Annual returns of the Patna Lunatic Asylum at Bankipore in Bihar and Orissa - 1912-1924
Year: 1912
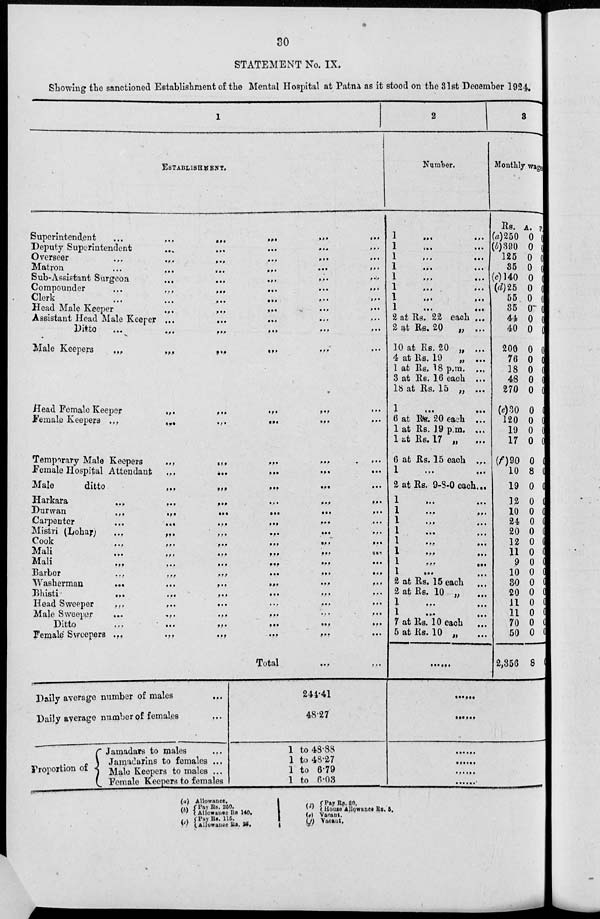
30
STATEMENT No. IX.
Showing the sanctioned Establishment of the Mental Hospital at Patna as it stood on the 31st December 1924.
1
ESTABLISHMENT.
Superintendent
...
... ... ... ... ...
Deputy Superintendent ... ... ... ... ...
Overseer ... ... ... ... ... ...
Matron ... ... ... ... ... ...
Sub-Assistant Surgeon
...
...
...
...
...
Compounder ... ... ... ... ... ...
Clerk ... ... ... ... ... ...
Head Male Keeper
...
...
...
...
...
Assistant Head Male Keeper ... ... ... ... ...
Ditto
...
...
...
...
...
...
Male Keepers
...
...
...
... ... ...
Head Female Keeper
...
...
...
... ...
Female Keepers ...
...
...
...
...
...
Temporary Male Keepers
...
...
... ... ...
Female Hospital Attendant
...
...
...
...
Male
ditto
...
...
...
...
Harkara
...
...
...
...
...
...
Durwan
...
...
... ... ... ...
Carpenter
...
...
...
...
Mistri (Lohar)
...
...
...
...
Cook
...
...
...
...
...
...
Mali ... ... ... ... ... ...
Mali
...
...
...
...
...
...
Barber
...
...
...
...
...
...
Washerman
...
...
...
...
...
...
Bhisti
...
...
...
...
...
...
Head Sweeper
...
...
...
...
...
...
Male Sweeper
...
...
...
...
...
...
Ditto
...
...
...
...
...
...
Female Sweepers ...
...
...
...
...
...
Total ... ...
Daily average number of males
...
Daily average number of females
...
Proportion of
Jamadars to males
...
Jamadarins to females ...
Male Keepers to males ...
Female Keepers to females
244.41
48.27
1 to 48.88
1 to 48.27
1 to 6.79
1 to 6.03
2
Number.
1
...
...
1
...
...
1
. . .
. . .
1
. . .
. . .
1
. . .
. . .
1
...
...
1
. . .
. . .
1
...
...
2 at Rs. 22 each ...
2 at Rs. 20 „ ...
10 at Rs. 20 „ .,.
4 at Rs. 19 „ ...
1 at Rs, 18 p.m. ...
3 at Rs. 16 each ...
18 at Rs. 15 „ ...
1
...
...
6 at Rs. 20 each ...
1 at Rs. 19 p.m. ...
1 at Re. 17 „ ...
6 at Rs. 15 each .,.
1
...
...
2 at Rs. 9-8-0 each...
1
. . .
. . .
1
...
...
1
...
...
1
...
...
1
.
.
.
.
.
.
1
1
...
...
1
.
.
.
.
.
.
2 at Rs. 15 each ...
2 at Rs, 10 „ ...
1
. . .
. . .
1
...
...
7 at Rs. 10 each ...
5 at Rs. 10 „
......
3
Monthly wages
Rs.
(a)250
(b)390
125
35
(c)140
(d)25
55
35
44
40
200
76
18
4.8
270
(e)30
120
19
17
(f)90
10
19
12
10
24
20
12
11
9
10
30
20
11
11
70
50
2,356
A.
0
0
0
0
0
0
0
0
0
0
0
0
0
0
0
0
0
0
0
0
8
0
0
0
0
0
0
0
0
0
0
0
0
0
0
0
8
P.
0
0
0
0
0
0
0
0
0
0
0
0
0
0
0
0
0
0
0
0
0
0
0
0
0
0
0
0
0
0
0
0
0
0
0
0
0
......
......
......
......
......
......
(a)
(b)
(c)
Allowance.
Pay Be. 260.
Allowance Rs
Pay Rs. 115.
Allowance Rs.
140.
25
(d)
(e)
(f)
Pay Rs. 20.
House Allowance Rs.
Vacant.
Vacant.
5.